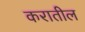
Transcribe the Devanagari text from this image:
करातील